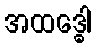
အထဒ္ဓေါ